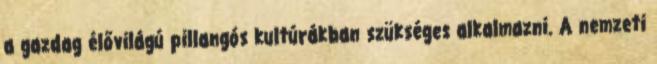
a gazdag élővilágú pillangós kultúrákban szükséges alkalmazni. A nemzeti